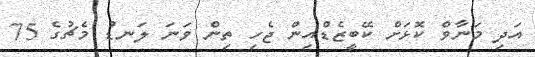
އަދި މަނާވް ކޮޅަށް ކޭބީޒެޑްއިން ޖެހި ތިން ވަނަ ލަނޑު މެޗުގެ 75